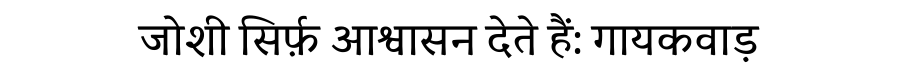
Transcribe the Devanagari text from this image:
जोशी सिर्फ़ आश्वासन देते हैं: गायकवाड़